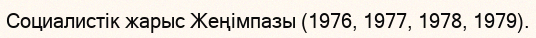
Социалистік жарыс Жеңімпазы (1976, 1977, 1978, 1979).